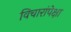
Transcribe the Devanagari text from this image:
विचारांपेक्षा